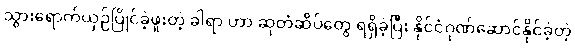
သွားရောက်ယှဉ်ပြိုင်ခဲ့ဖူးတဲ့ ခါရာ ဟာ ဆုတံဆိပ်တွေ ရရှိခဲ့ပြီး နိုင်ငံဂုဏ်ဆောင်နိုင်ခဲ့တဲ့